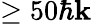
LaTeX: \ge50\hbar\mathbf{k}